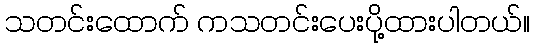
သတင်းထောက် ကသတင်းပေးပို့ထားပါတယ်။